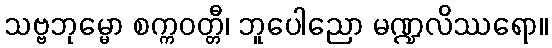
သဗ္ဗဘုမ္မော စက္ကဝတ္တီ၊ ဘူပေါညော မဏ္ဍလိဿရော။